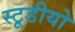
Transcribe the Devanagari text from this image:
स्टूडीयो